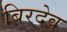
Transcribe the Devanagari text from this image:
बिरदेव